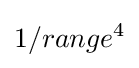
1/range^{4}